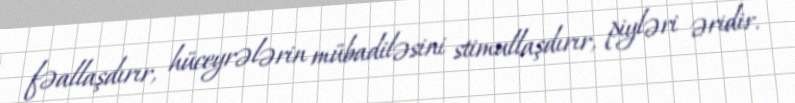
fəallaşdırır, hüceyrələrin mübadiləsini stimullaşdırır, piyləri əridir.